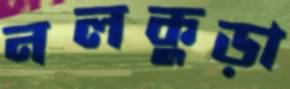
নলকুড়া